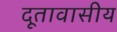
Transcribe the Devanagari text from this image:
दूतावासीय